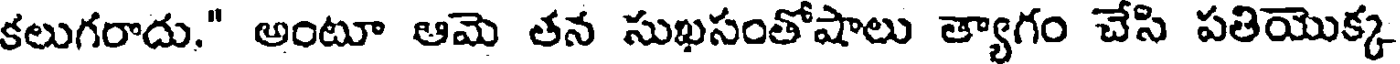
కలుగరాదు." అంటూ ఆమె తన సుఖసంతోషాలు త్యాగం చేసి పతియొక్క